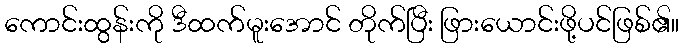
ကောင်းထွန်းကို ဒီထက်မူးအောင် တိုက်ပြီး ဖြားယောင်းဖို့ပင်ဖြစ်၏။